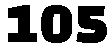
105